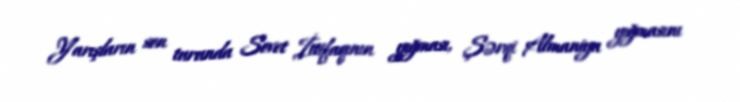
Yarışların son turunda Sovet İttifaqının yığması, Şərqi Almaniya yığmasını